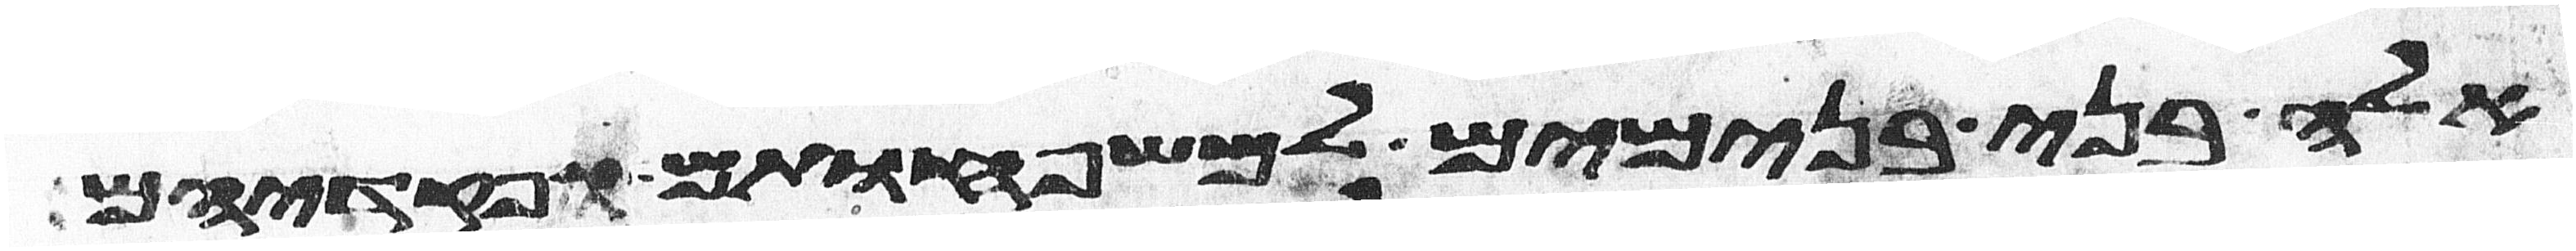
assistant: אלה בני בנימים למשפחותם ופקדיהם